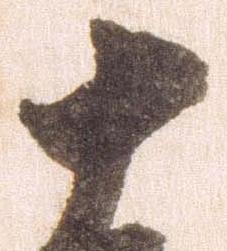
十